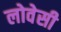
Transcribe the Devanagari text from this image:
लोवेसी